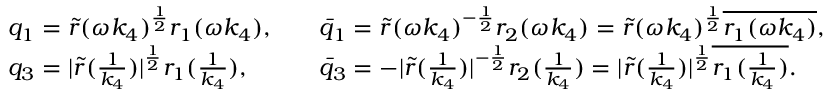
\begin{array} { r l r l } & { q _ { 1 } = \tilde { r } ( \omega k _ { 4 } ) ^ { \frac { 1 } { 2 } } r _ { 1 } ( \omega k _ { 4 } ) , } & & { \bar { q } _ { 1 } = \tilde { r } ( \omega k _ { 4 } ) ^ { - \frac { 1 } { 2 } } r _ { 2 } ( \omega k _ { 4 } ) = \tilde { r } ( \omega k _ { 4 } ) ^ { \frac { 1 } { 2 } } \overline { { r _ { 1 } ( \omega k _ { 4 } ) } } , } \\ & { q _ { 3 } = | \tilde { r } ( \frac { 1 } { k _ { 4 } } ) | ^ { \frac { 1 } { 2 } } r _ { 1 } ( \frac { 1 } { k _ { 4 } } ) , } & & { \bar { q } _ { 3 } = - | \tilde { r } ( \frac { 1 } { k _ { 4 } } ) | ^ { - \frac { 1 } { 2 } } r _ { 2 } ( \frac { 1 } { k _ { 4 } } ) = | \tilde { r } ( \frac { 1 } { k _ { 4 } } ) | ^ { \frac { 1 } { 2 } } \overline { { r _ { 1 } ( \frac { 1 } { k _ { 4 } } ) } } . } \end{array}